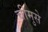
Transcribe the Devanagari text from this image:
चीमुसे